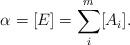
LaTeX: \begin{align*} \alpha=[E]=\sum_{i}^m [A_i].\end{align*}